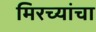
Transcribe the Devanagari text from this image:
मिरच्यांचा